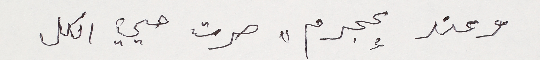
وعند "عجرم" صرت حيي الكل